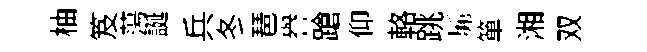
柚笈蕩誕兵冬琶譽蹌仰輅跳髴箪湘双